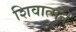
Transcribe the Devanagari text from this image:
शिवात्मने